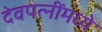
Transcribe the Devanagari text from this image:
देवपत्‍नींमध्ये